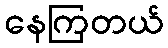
နေကြတယ်